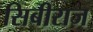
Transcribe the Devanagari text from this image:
सिबीराज